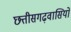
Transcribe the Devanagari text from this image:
छत्तीसगढ़वासियों